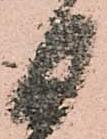
日